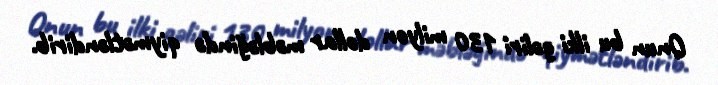
Onun bu ilki gəliri 130 milyon dollar məbləğində qiymətləndirib.